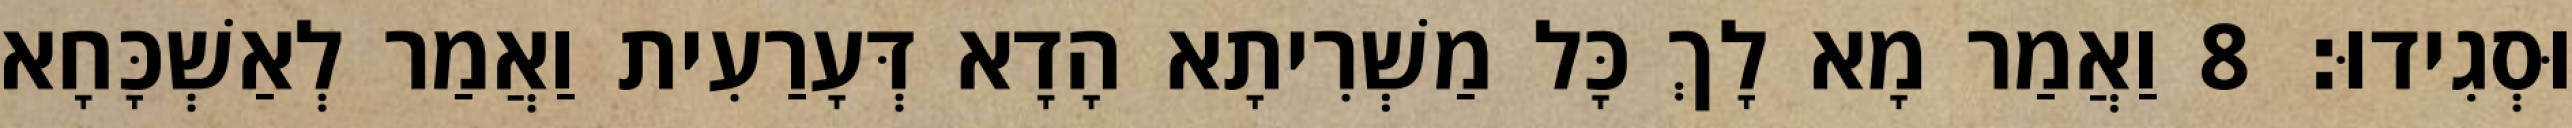
וּסְגִידוּ׃ 8 וַאֲמַר מָא לָךְ כָּל מַשְׁרִיתָא הָדָא דְּעָרַעִית וַאֲמַר לְאַשְׁכָּחָא